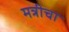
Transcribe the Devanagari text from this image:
मत्रीचा